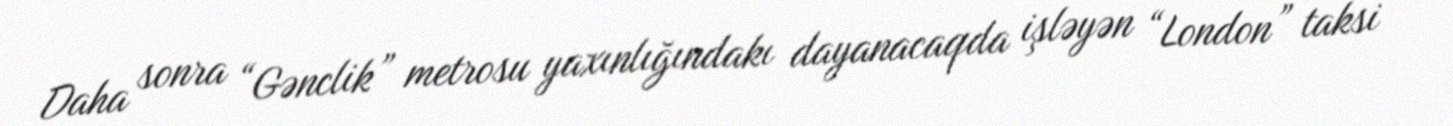
Daha sonra “Gənclik” metrosu yaxınlığındakı dayanacaqda işləyən “London” taksi